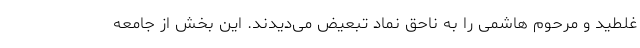
غلطید و مرحوم هاشمی را به ناحق نماد تبعیض می‌دیدند. این بخش از جامعه